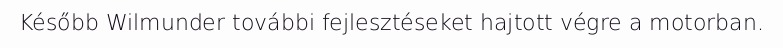
Később Wilmunder további fejlesztéseket hajtott végre a motorban.